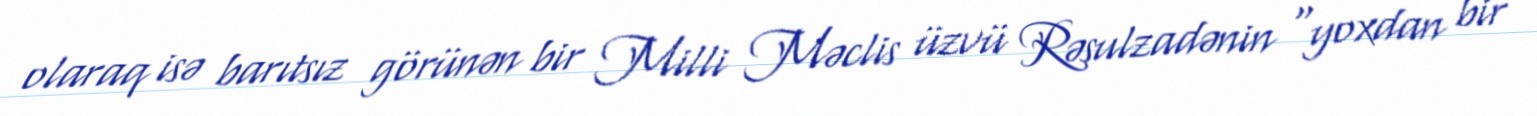
olaraq isə barıtsız görünən bir Milli Məclis üzvü Rəsulzadənin “yoxdan bir